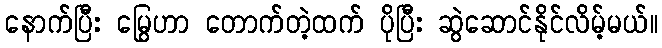
နောက်ပြီး မြွေဟာ တောက်တဲ့ထက် ပိုပြီး ဆွဲဆောင်နိုင်လိမ့်မယ်။